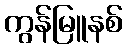
ကွန်မြူနစ်